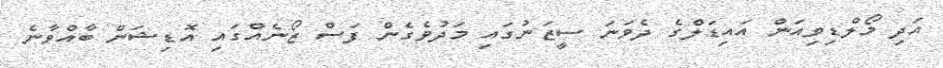
އަދި މޯލްޑިވިއަން އައިޑަލްގެ ދެވަނަ ސީޒަނުގައި މަދުވެގެން ފަސް ޒޯނެއްގައި އޮޑިޝަން ބާއްވާނެ